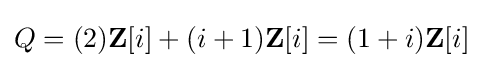
Q=(2)\mathbf {Z} [i]+(i+1)\mathbf {Z} [i]=(1+i)\mathbf {Z} [i]